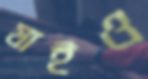
যাইও